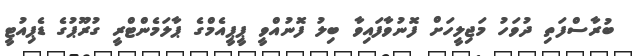
ބުރާސްފަތި ދުވަހު މަޖިލީހަށް ފޮނުވާފައިވާ ބިލު ފޮނުއްވީ ޕީޕީއެމްގެ ޕާލަމެންޓްރީ ގުރޫޕުގެ ޑެޕިއުޓީ